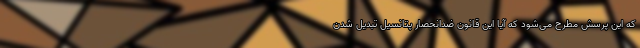
که این پرسش مطرح می‌شود که آیا این قانون ضدانحصار پتانسیل تبدیل شدن